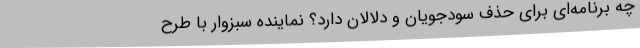
چه برنامه‌ای برای حذف سودجویان و دلالان دارد؟ نماینده سبزوار با طرح